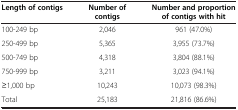
<table><thead><tr><td><b>Length of contigs</b></td><td><b>Number of contigs</b></td><td><b>Number and proportion of contigs with hit</b></td></tr></thead><tbody><tr><td>100-249 bp</td><td>2,046</td><td>961 (47.0%)</td></tr><tr><td>250-499 bp</td><td>5,365</td><td>3,955 (73.7%)</td></tr><tr><td>500-749 bp</td><td>4,318</td><td>3,804 (88.1%)</td></tr><tr><td>750-999 bp</td><td>3,211</td><td>3,023 (94.1%)</td></tr><tr><td>≥1,000 bp</td><td>10,243</td><td>10,073 (98.3%)</td></tr><tr><td>Total</td><td>25,183</td><td>21,816 (86.6%)</td></tr></tbody></table>